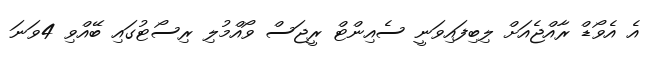
އެ އެވޯޑް ރާއްޖެއަށް ލިބިފައިވަނީ ސެއިންޓް ރީޖަސް ވޯއްމުލި ރިސޯޓުގައި ބޭއްވި 4ވަނަ